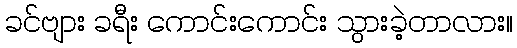
ခင်ဗျား ခရီး ကောင်းကောင်း သွားခဲ့တာလား။